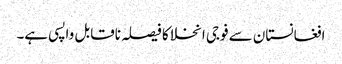
افغانستان سے فوجی انخلا کا فیصلہ ناقابل واپسی ہے۔